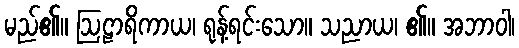
မည်၏။ ဩဠာရိကာယ၊ ရုန့်ရင်းသော။ သညာယ၊ ၏။ အဘာဝါ၊